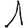
Digit: 1